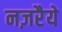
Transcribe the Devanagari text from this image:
नज़रैये